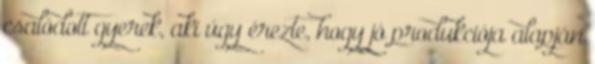
csalódott gyerek, aki úgy érezte, hogy jó produkciója alapján